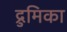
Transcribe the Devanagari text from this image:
द्रुमिका